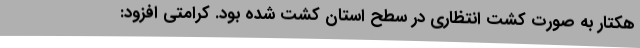
هکتار به صورت کشت انتظاری در سطح استان کشت شده بود. کرامتی افزود: